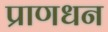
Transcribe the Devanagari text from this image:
प्राणधन